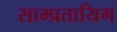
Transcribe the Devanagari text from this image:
साम्प्रतायिग